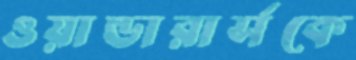
ওয়ান্ডারার্সকে